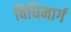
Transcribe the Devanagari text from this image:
विधिमार्ग